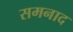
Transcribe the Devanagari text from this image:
समनाद